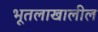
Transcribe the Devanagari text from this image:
भूतलाखालील